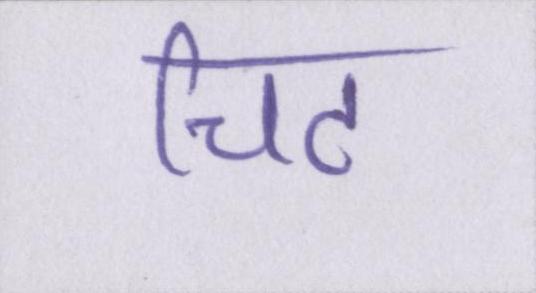
चिट